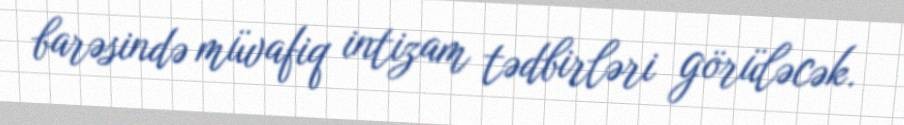
barəsində müvafiq intizam tədbirləri görüləcək.